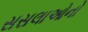
સસલાઓનો